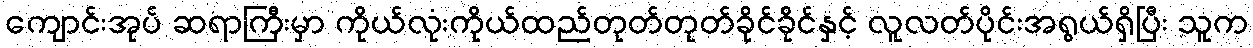
ကျောင်းအုပ် ဆရာကြီးမှာ ကိုယ်လုံးကိုယ်ထည်တုတ်တုတ်ခိုင်ခိုင်နှင့် လူလတ်ပိုင်းအရွယ်ရှိပြီး သူက